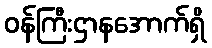
ဝန်ကြီးဌာနအောက်ရှိ